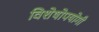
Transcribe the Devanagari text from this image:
विशेषोपयोगी